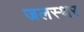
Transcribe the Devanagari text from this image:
जलस्थर